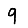
Digit: 9